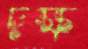
দক্ষ